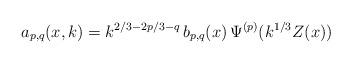
LaTeX: \begin{align*}a_{p,q}(x,k) = k^{2/3-2p/3-q} \, b_{p,q}(x) \, \Psi^{(p)}(k^{1/3}Z(x))\end{align*}